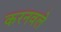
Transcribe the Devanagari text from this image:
करनवले